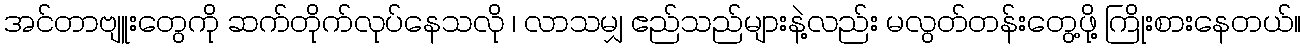
အင်တာဗျူးတွေကို ဆက်တိုက်လုပ်နေသလို ၊ လာသမျှ ဧည်သည်များနဲ့လည်း မလွတ်တန်းတွေ့ဖို့ ကြိုးစားနေတယ်။